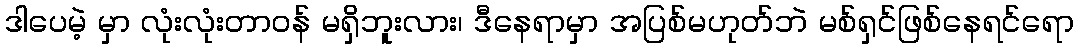
ဒါပေမဲ့ မှာ လုံးလုံးတာဝန် မရှိဘူးလား၊ ဒီနေရာမှာ အပြစ်မဟုတ်ဘဲ မစ်ရှင်ဖြစ်နေရင်ရော